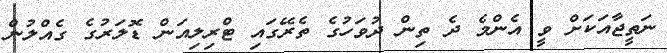
ނަތީޖާއަކަށް ވީ އެންމެ ދެ ތިން ދުވަހުގެ ތެރޭގައި ޓްރިލިއަން ޑޮލަރުގެ ގެއްލުން